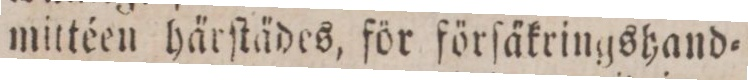
mittéen härſtädes, för förſäkringshand=